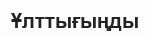
Ұлттығыңды